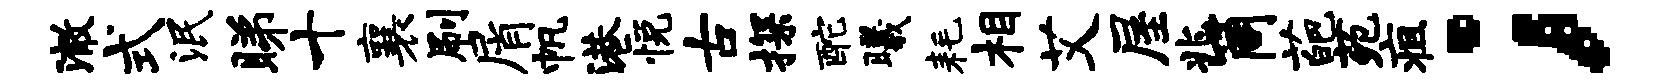
澈式泯睇十襄刷屑帆港悦古探酡曦耗相艾屋兆筒葩苑疽；